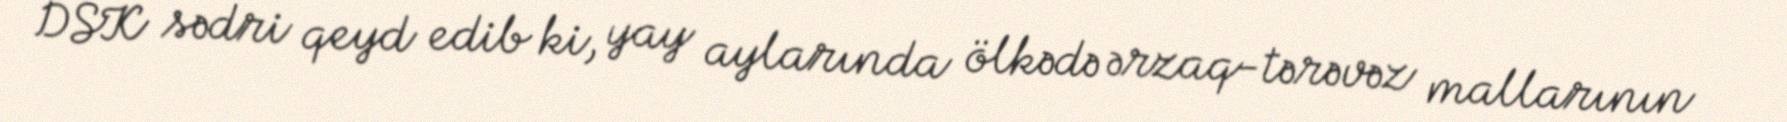
DSK sədri qeyd edib ki, yay aylarında ölkədə ərzaq-tərəvəz mallarının